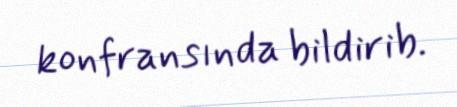
konfransında bildirib.